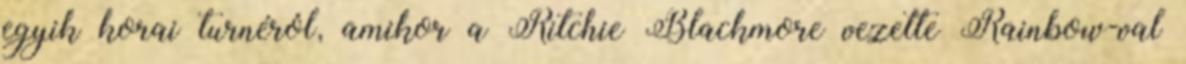
egyik korai turnéról, amikor a Ritchie Blackmore vezette Rainbow-val